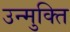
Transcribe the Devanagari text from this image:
उन्मुक्‍ति